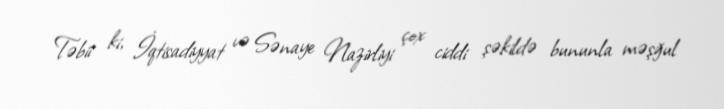
Təbii ki, İqtisadiyyat və Sənaye Nazirliyi çox ciddi şəkildə bununla məşğul